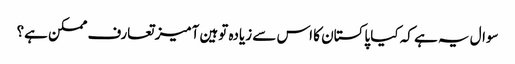
سوال یہ ہے کہ کیا پاکستان کا اس سے زیادہ توہین آمیز تعارف ممکن ہے؟